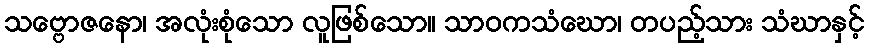
သဗ္ဗောဇနော၊ အလုံးစုံသော လူဖြစ်သော။ သာဝကသံဃော၊ တပည့်သား သံဃာနှင့်